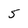
Character: 5